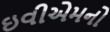
ઇવીએમનો